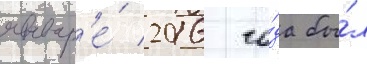
январ'е́ 2016 го́да бы́л